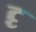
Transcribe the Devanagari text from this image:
दृ